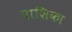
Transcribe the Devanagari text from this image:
पाशिका